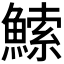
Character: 𬵠